Leaving Certificate Examination, 1923
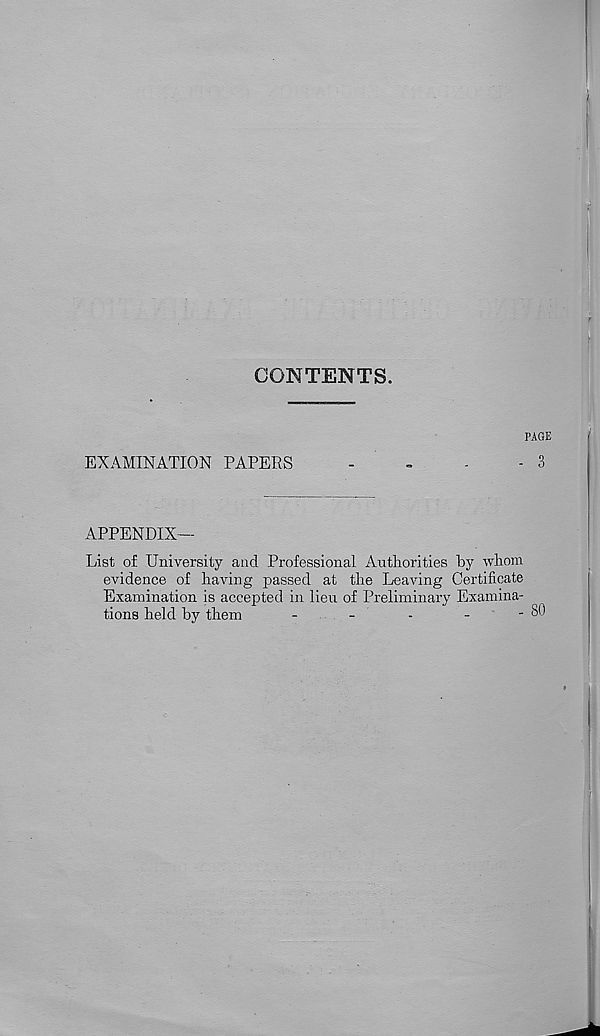
CONTENTS.
PAGE
EXAMINATION PAPERS
-
-
-
-3
APPENDIX—
List of University and Professional Authorities by whom
evidence of having passed at the Leaving Certificate
Examination is accepted in lieu of Preliminary Examina-
tions held by them
-
_
.
-
-